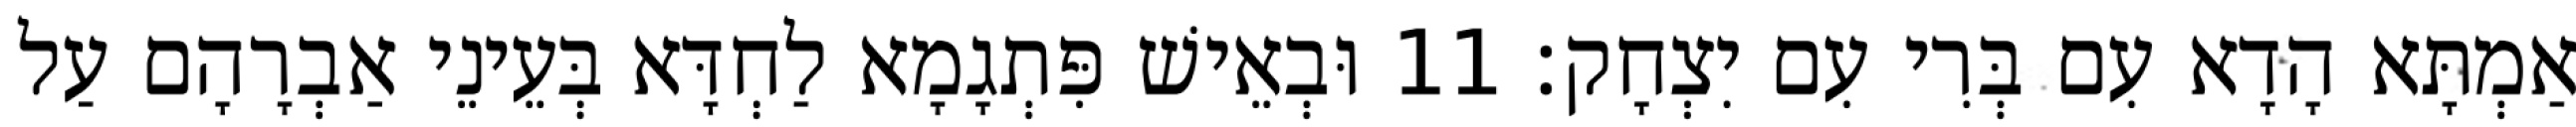
אַמְתָּא הָדָא עִם בְּרִי עִם יִצְחָק׃ 11 וּבְאֵישׁ פִּתְגָמָא לַחְדָּא בְּעֵינֵי אַבְרָהָם עַל